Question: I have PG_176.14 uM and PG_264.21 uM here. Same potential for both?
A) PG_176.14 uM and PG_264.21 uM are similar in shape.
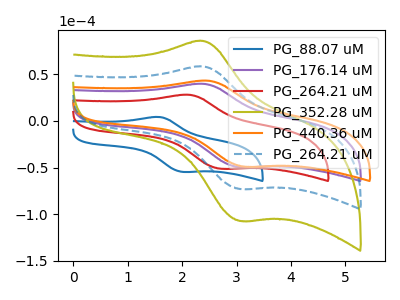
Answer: <think>The blue curve "PG_88.07 uM" has an anodic peak at (1.55V, 4.10uA) and a cathodic peak at (2.05V, -54.70uA). The purple curve "PG_176.14 uM" has an anodic peak at (2.40V, 39.55uA) and a cathodic peak at (3.05V, -49.65uA). The red curve "PG_264.21 uM" has an anodic peak at (2.10V, 27.85uA) and a cathodic peak at (2.75V, -51.35uA). The olive curve "PG_352.28 uM" has an anodic peak at (2.40V, 116.25uA) and a cathodic peak at (3.05V, -145.95uA). The orange curve "PG_440.36 uM" has an anodic peak at (2.45V, 42.95uA) and a cathodic peak at (3.15V, -49.20uA). The blue dashed curve "PG_264.21 uM" has an anodic peak at (2.40V, 58.15uA) and a cathodic peak at (3.05V, -72.95uA).
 All the peaks in "PG_176.14 uM" have a peak in "PG_264.21 uM" at the same potential. Every peak in "PG_176.14 uM" is lower than every peak in "PG_264.21 uM".</think>
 <answer>A) "PG_176.14 uM" and "PG_264.21 uM" are similar in shape.</answer>
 <eval>A</eval>